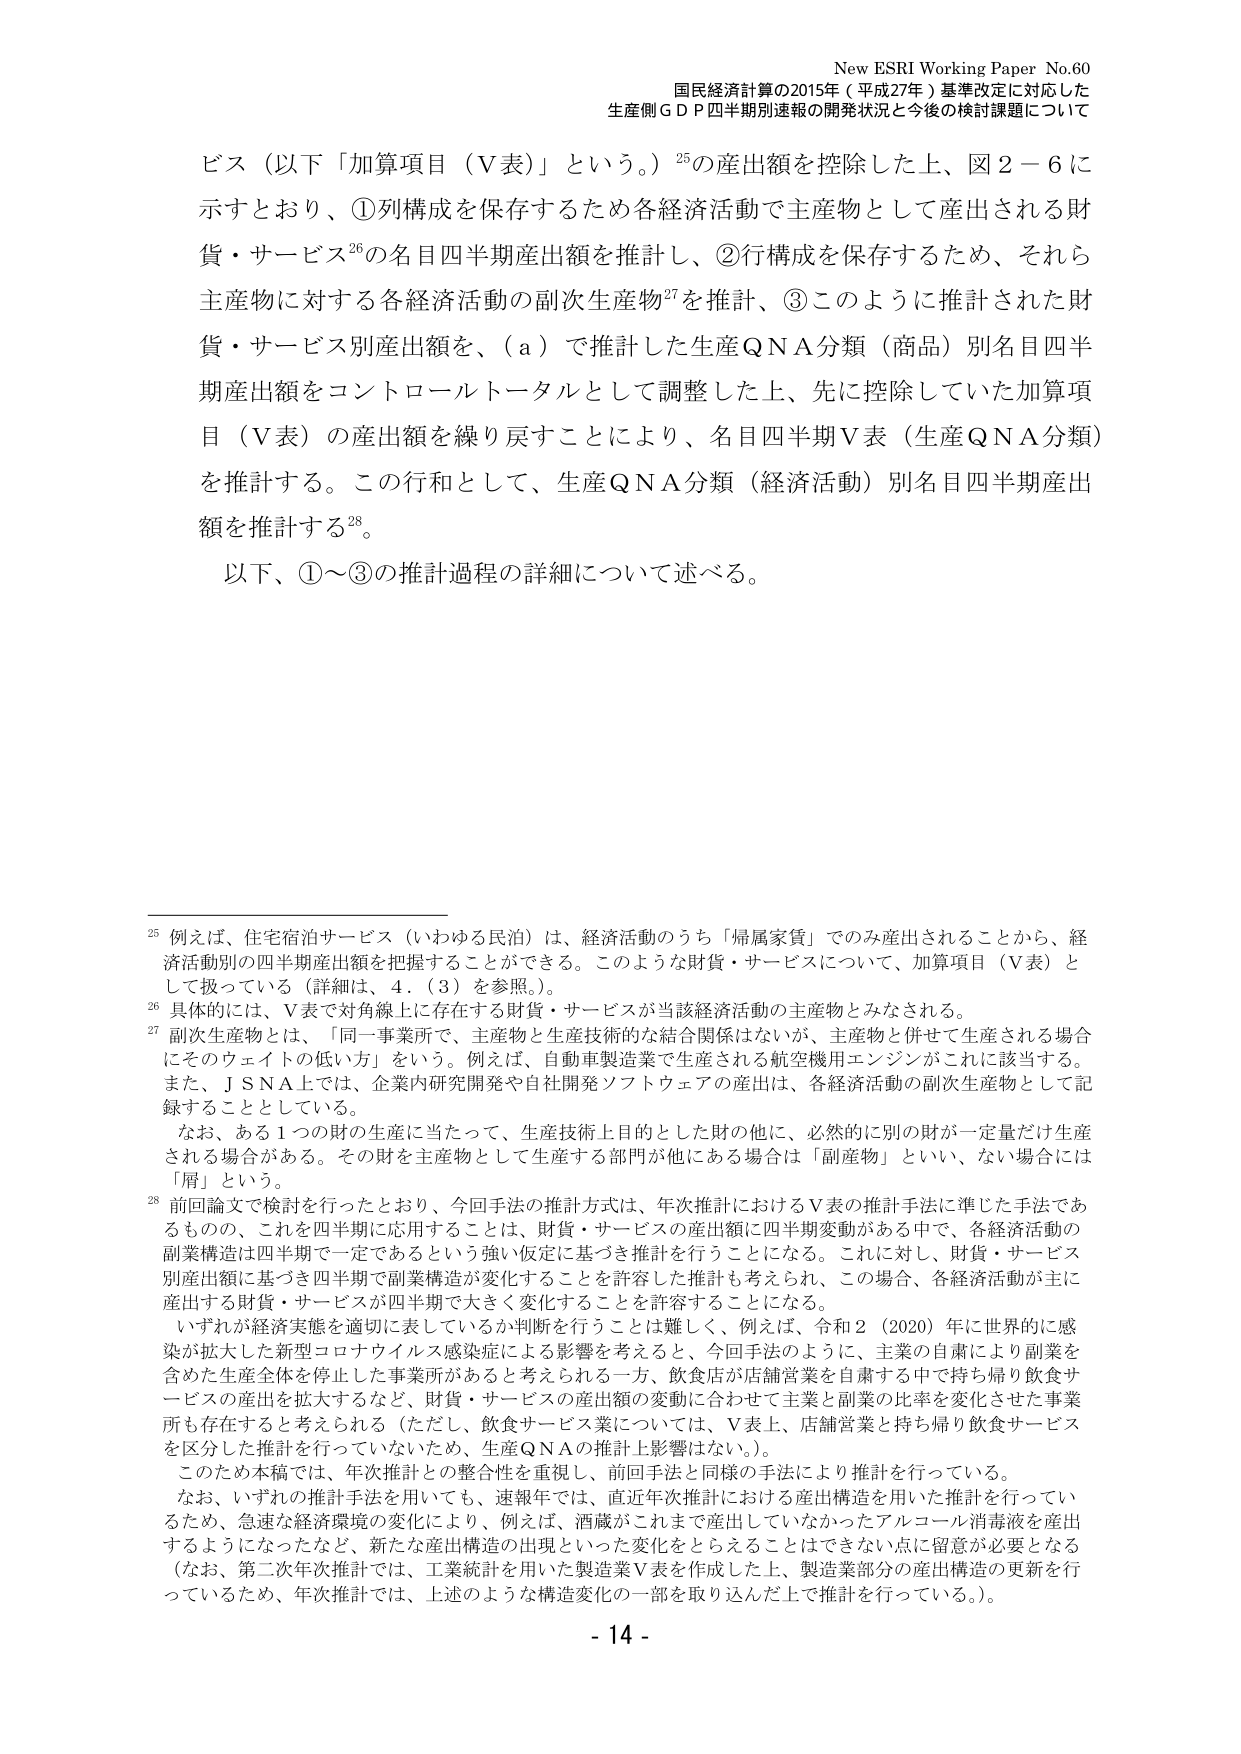
New ESRI Working Paper No.60
国民経済計算の2015年（平成27年）基準改定に対応した
生産側ＧＤＰ四半期別速報の開発状況と今後の検討課題について

ビス（以下「加算項目（Ｖ表）」という。）²⁵の産出額を控除した上、図２－６に
示すとおり、①列構成を保存するため各経済活動で主産物として産出される財
貨・サービス²⁶の名目四半期産出額を推計し、②行構成を保存するため、それら
主産物に対する各経済活動の副次生産物²⁷を推計、③このように推計された財
貨・サービス別産出額を、（ａ）で推計した生産ＱＮＡ分類（商品）別名目四半
期産出額をコントロールトータルとして調整した上、先に控除していた加算項
目（Ｖ表）の産出額を繰り戻すことにより、名目四半期Ｖ表（生産ＱＮＡ分類）
を推計する。この行和として、生産ＱＮＡ分類（経済活動）別名目四半期産出
額を推計する²⁸。

以下、①～③の推計過程の詳細について述べる。

²⁵ 例えば、住宅宿泊サービス（いわゆる民泊）は、経済活動のうち「帰属家賃」でのみ産出されることから、経
済活動別の四半期産出額を把握することができる。このような財貨・サービスについて、加算項目（Ｖ表）と
して扱っている（詳細は、4.（3）を参照。）。
²⁶ 具体的には、Ｖ表で対角線上に存在する財貨・サービスが当該経済活動の主産物とみなされる。
²⁷ 副次生産物とは、「同一事業所で、主産物と生産技術的な結合関係はないが、主産物と併せて生産される場合
にそのウェイトの低い方」をいう。例えば、自動車製造業で生産される航空機用エンジンがこれに該当する。
また、ＪＳＮＡ上では、企業内研究開発や自社開発ソフトウェアの産出は、各経済活動の副次生産物として記
録することとしている。
　　なお、ある１つの財の生産に当たって、生産技術上目的とした財の他に、必然的に別の財が一定量だけ生産
される場合がある。その財を主産物として生産する部門が他にある場合は「副産物」といい、ない場合には
「屑」という。
²⁸ 前回論文で検討を行ったとおり、今回手法の推計方式は、年次推計におけるＶ表の推計手法に準じた手法であ
るもので、これを四半期に応用することは、財貨・サービスの産出額に四半期変動がある中で、各経済活動の
副業構造は四半期で一定であるという強い仮定に基づき推計を行うことになる。これに対し、財貨・サービス
別産出額に基づき四半期で副業構造が変化することを許容した推計も考えられ、この場合、各経済活動が主に
産出する財貨・サービスが四半期で大きく変化することを許容することになる。
　　いずれが経済実態を適切に表しているか判断を行うことは難しく、例えば、令和２（2020）年に世界的に感
染が拡大した新型コロナウイルス感染症による影響を考えると、今回手法のように、主業の自粛により副業を
含めた生産全体を停止した事業所があると考えられる一方、飲食店が店舗営業を自粛する中で持ち帰り飲食サ
ービスの産出を拡大するなど、財貨・サービスの産出額の変動に合わせて主業と副業の比率を変化させた事業
所も存在すると考えられる（ただし、飲食サービス業については、Ｖ表上、店舗営業と持ち帰り飲食サービス
を区分した推計を行っていないため、生産ＱＮＡの推計上影響はない。）。
　　このため本稿では、年次推計との整合性を重視し、前回手法と同様の手法により推計を行っている。
　　なお、いずれの推計手法を用いても、速報年では、直近年次推計における産出構造を用いた推計を行ってい
るため、急速な経済環境の変化により、例えば、酒蔵がこれまで産出していなかったアルコール消毒液を産出
するようになったなど、新たな産出構造の出現といった変化をとらえることはできない点に留意が必要となる
（なお、第二次年次推計では、工業統計を用いた製造業Ｖ表を作成した上、製造業部分の産出構造の更新を行
っているため、年次推計では、上述のような構造変化の一部を取り込んだ上で推計を行っている。）。

- 14 -